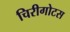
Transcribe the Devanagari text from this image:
चिरीगोटस